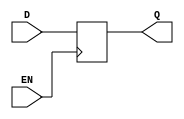
module D_latch (
    input D,
    input EN,
    output reg Q
);

always @ (posedge EN)
begin
    if (EN)
        Q <= D;
end

endmodule